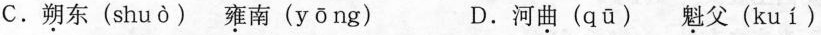
C.朔东( shuò )雍南( yōng ) D.河曲( qū )魁父( kuí )